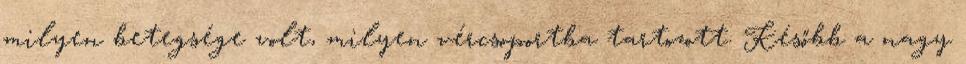
milyen betegsége volt, milyen vércsoportba tartozott. Később a nagy